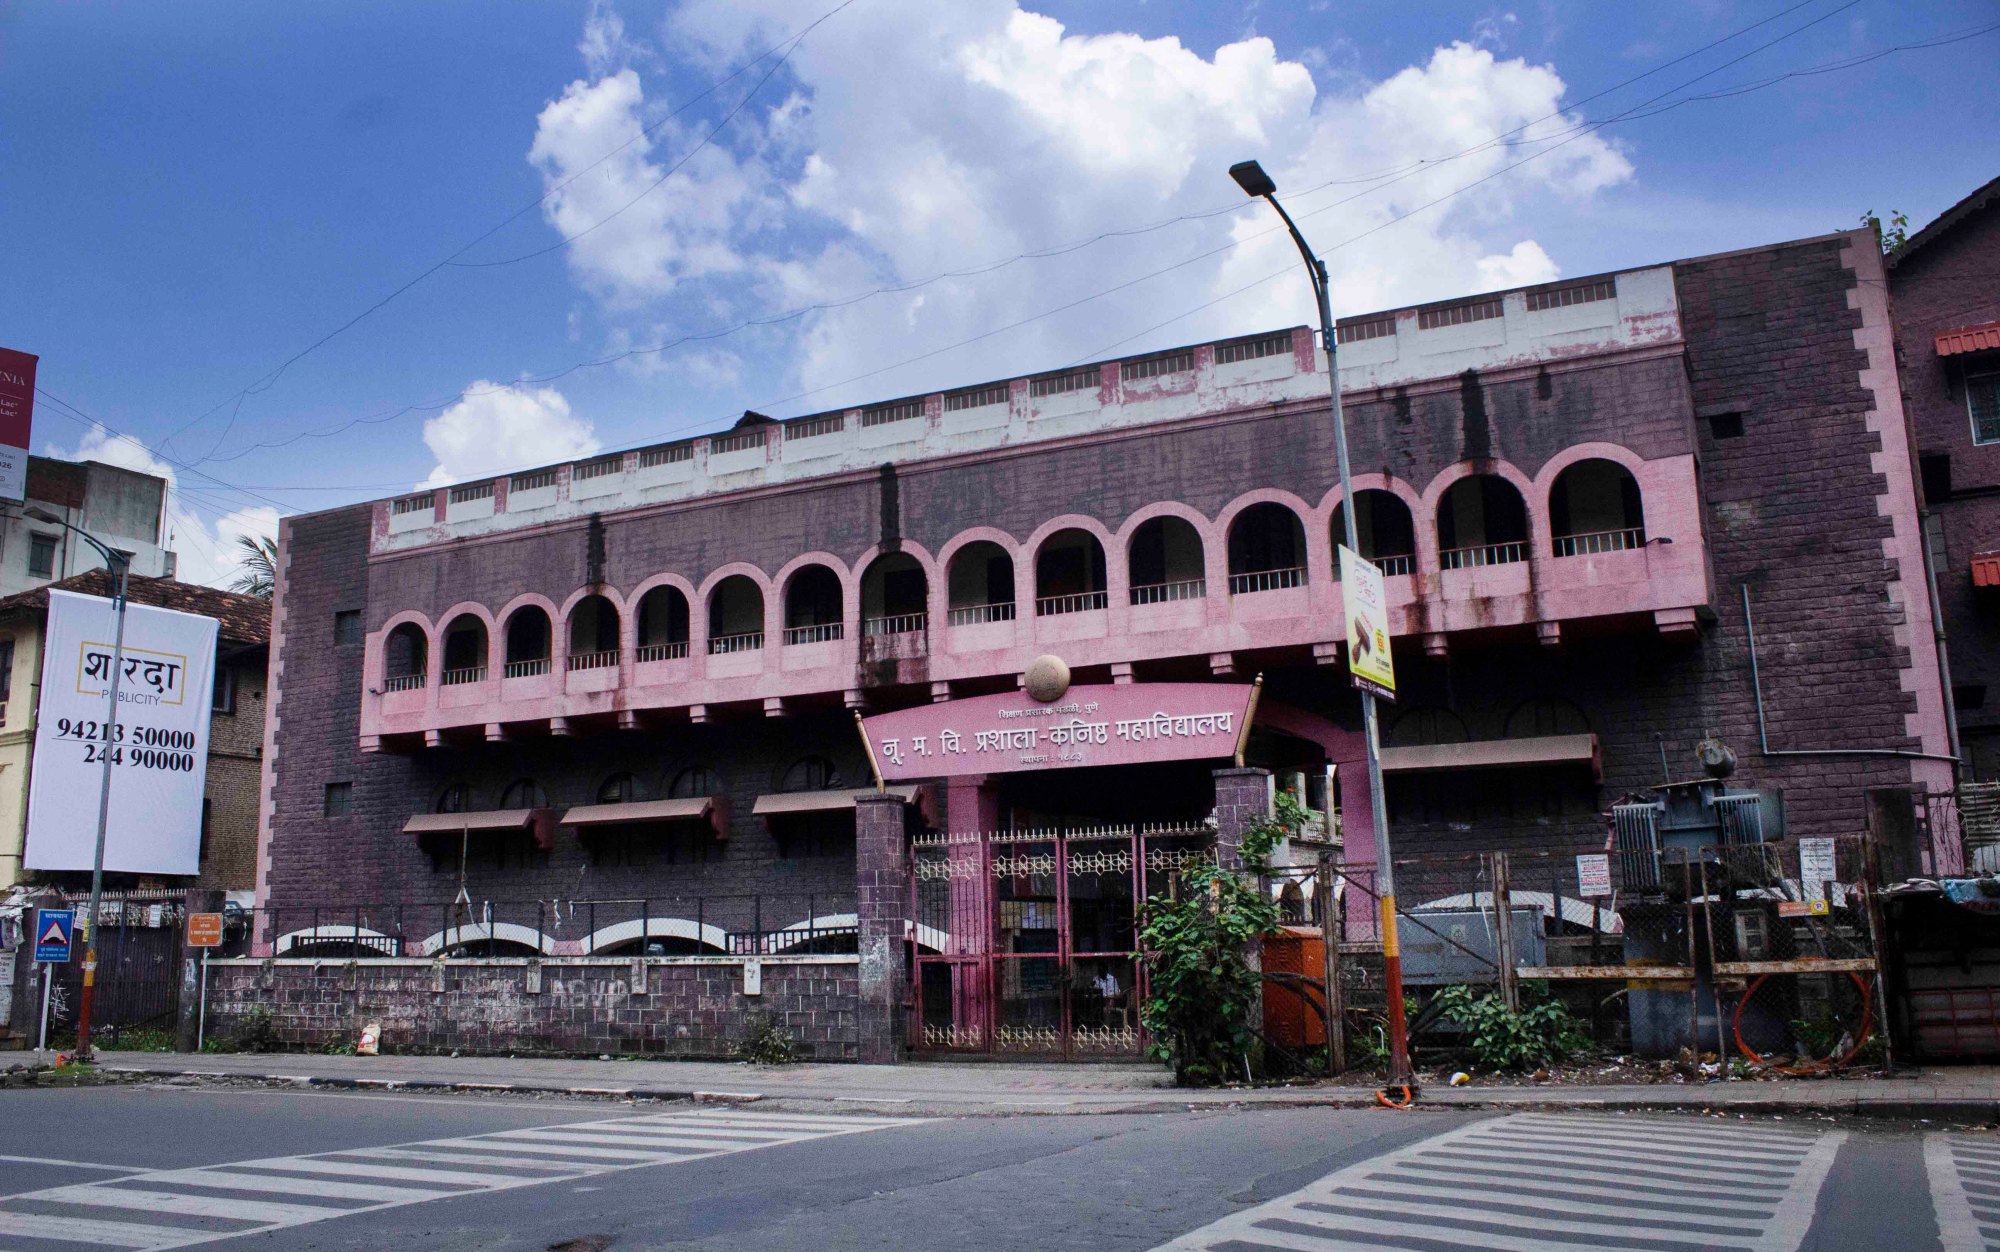
Language: marathi
Transcription: वि. कनिष्ठ नू . महाविद्यालय म. प्रशाला